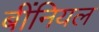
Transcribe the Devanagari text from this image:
बींनियल